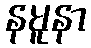
နမူနာ